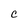
Character: C